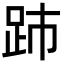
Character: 䟛